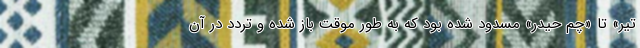
تیر» تا «چم حیدر» مسدود شده بود که به طور موقت باز شده و تردد در آن